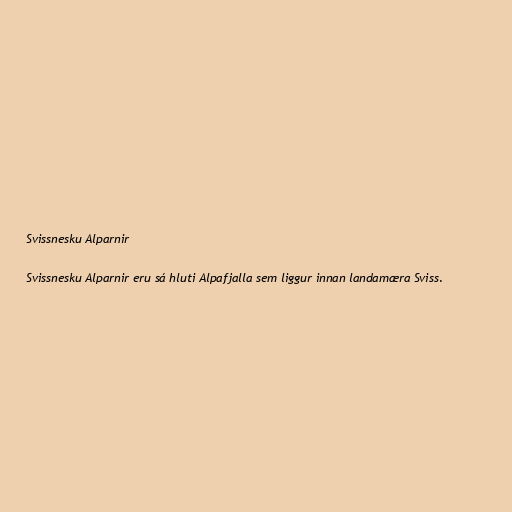
Svissnesku Alparnir

Svissnesku Alparnir eru sá hluti Alpafjalla sem liggur innan landamæra Sviss.